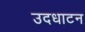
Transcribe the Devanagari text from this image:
उदधाटन